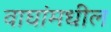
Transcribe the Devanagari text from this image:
वाघांमधील